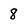
Character: 8